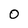
Character: 0